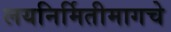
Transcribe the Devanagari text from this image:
लयनिर्मितीमागचे